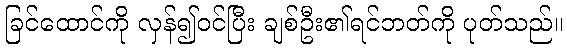
ခြင်ထောင်ကို လှန်၍ဝင်ပြီး ချစ်ဦး၏ရင်ဘတ်ကို ပုတ်သည်။